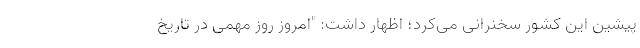
پیشین این کشور سخنرانی می‌کرد؛ اظهار داشت: "امروز روز مهمی در تاریخ